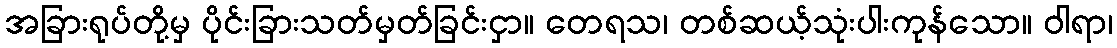
အခြားရုပ်တို့မှ ပိုင်းခြားသတ်မှတ်ခြင်းငှာ။ တေရသ၊ တစ်ဆယ့်သုံးပါးကုန်သော။ ဝါရာ၊